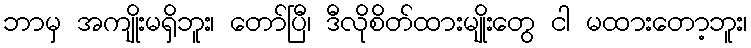
ဘာမှ အကျိုးမရှိဘူး၊ တော်ပြီ၊ ဒီလိုစိတ်ထားမျိုးတွေ ငါ မထားတော့ဘူး၊